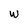
Character: w